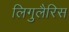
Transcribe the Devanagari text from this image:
लिगुलैरिस